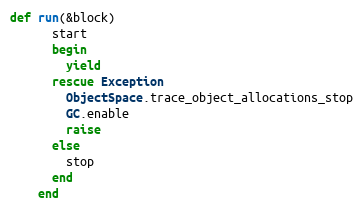
Language: Ruby
def run(&block)
      start
      begin
        yield
      rescue Exception
        ObjectSpace.trace_object_allocations_stop
        GC.enable
        raise
      else
        stop
      end
    end